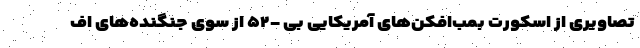
تصاویری از اسکورت بمب‌افکن‌های آمریکایی بی -۵۲ از سوی جنگنده‌های اف